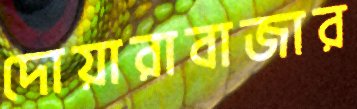
দোয়ারাবাজার